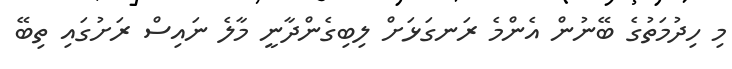
މި ހިދުމަތުގެ ބޭނުން އެންމެ ރަނގަޅަށް ލިބިގެންދާނީ މާލެ ނައިސް ރަށުގައި ތިބޭ